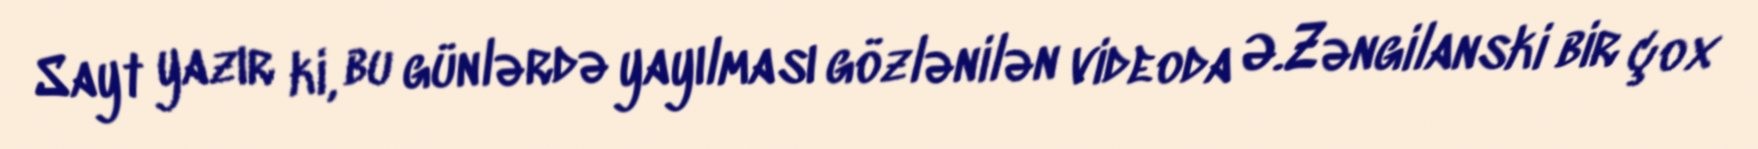
Sayt yazır ki, bu günlərdə yayılması gözlənilən videoda Ə.Zəngilanski bir çox